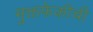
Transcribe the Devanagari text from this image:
मुक्तफेकीची